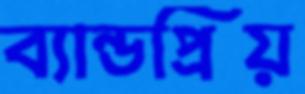
ব্যান্ডপ্রিয়